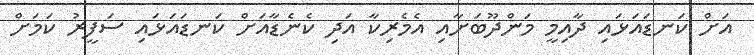
އަށް ކަނޑައަޅައި ދާއިމީ މަންދޫބަށާއި އެމެރިކާ އަދި ކެނެޑާއަށް ކަނޑައަޅައި ސަފީރު ކަމަށް